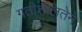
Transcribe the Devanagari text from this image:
गतीशीलतेने